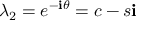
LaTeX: \lambda _ { 2 } = e ^ { - \mathbf { i } \theta } = c - s \mathbf { i }